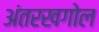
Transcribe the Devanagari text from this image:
अंतरखगोल